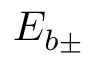
E _ { b \pm }